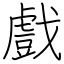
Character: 戲